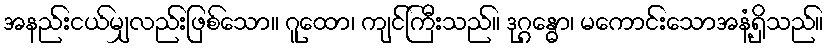
အနည်းငယ်မျှလည်းဖြစ်သော။ ဂူထော၊ ကျင်ကြီးသည်။ ဒုဂ္ဂန္ဓော၊ မကောင်းသောအနံ့ရှိသည်။